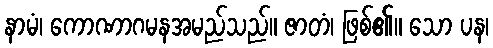
နာမံ၊ ကောဏာဂမနအမည်သည်။ ဇာတံ၊ ဖြစ်၏။ သော ပန၊